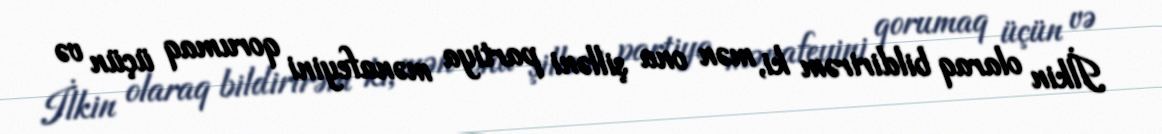
İlkin olaraq bildirirəm ki, mən ona şilləni partiya mənafeyini qorumaq üçün və